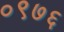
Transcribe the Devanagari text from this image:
०९७६